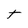
Character: T